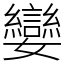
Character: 孌